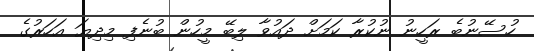
ހުސޭނުބެ ރަހީނު ނުކުރާ ކަމަށް ދައުވާ ލިބޭ މީހުން ބުނެފި މިދިޔަ އަހަރުގެ